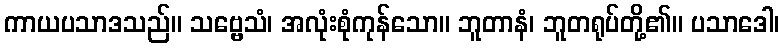
ကာယပသာဒသည်။ သဗ္ဗေသံ၊ အလုံးစုံကုန်သော။ ဘူတာနံ၊ ဘူတရုပ်တို့၏။ ပသာဒေါ၊